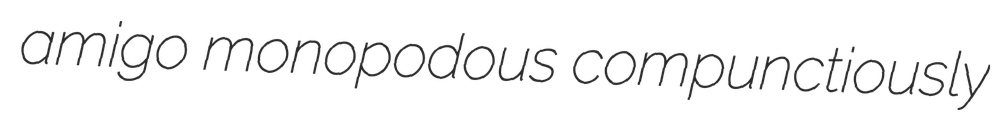
amigo monopodous compunctiously